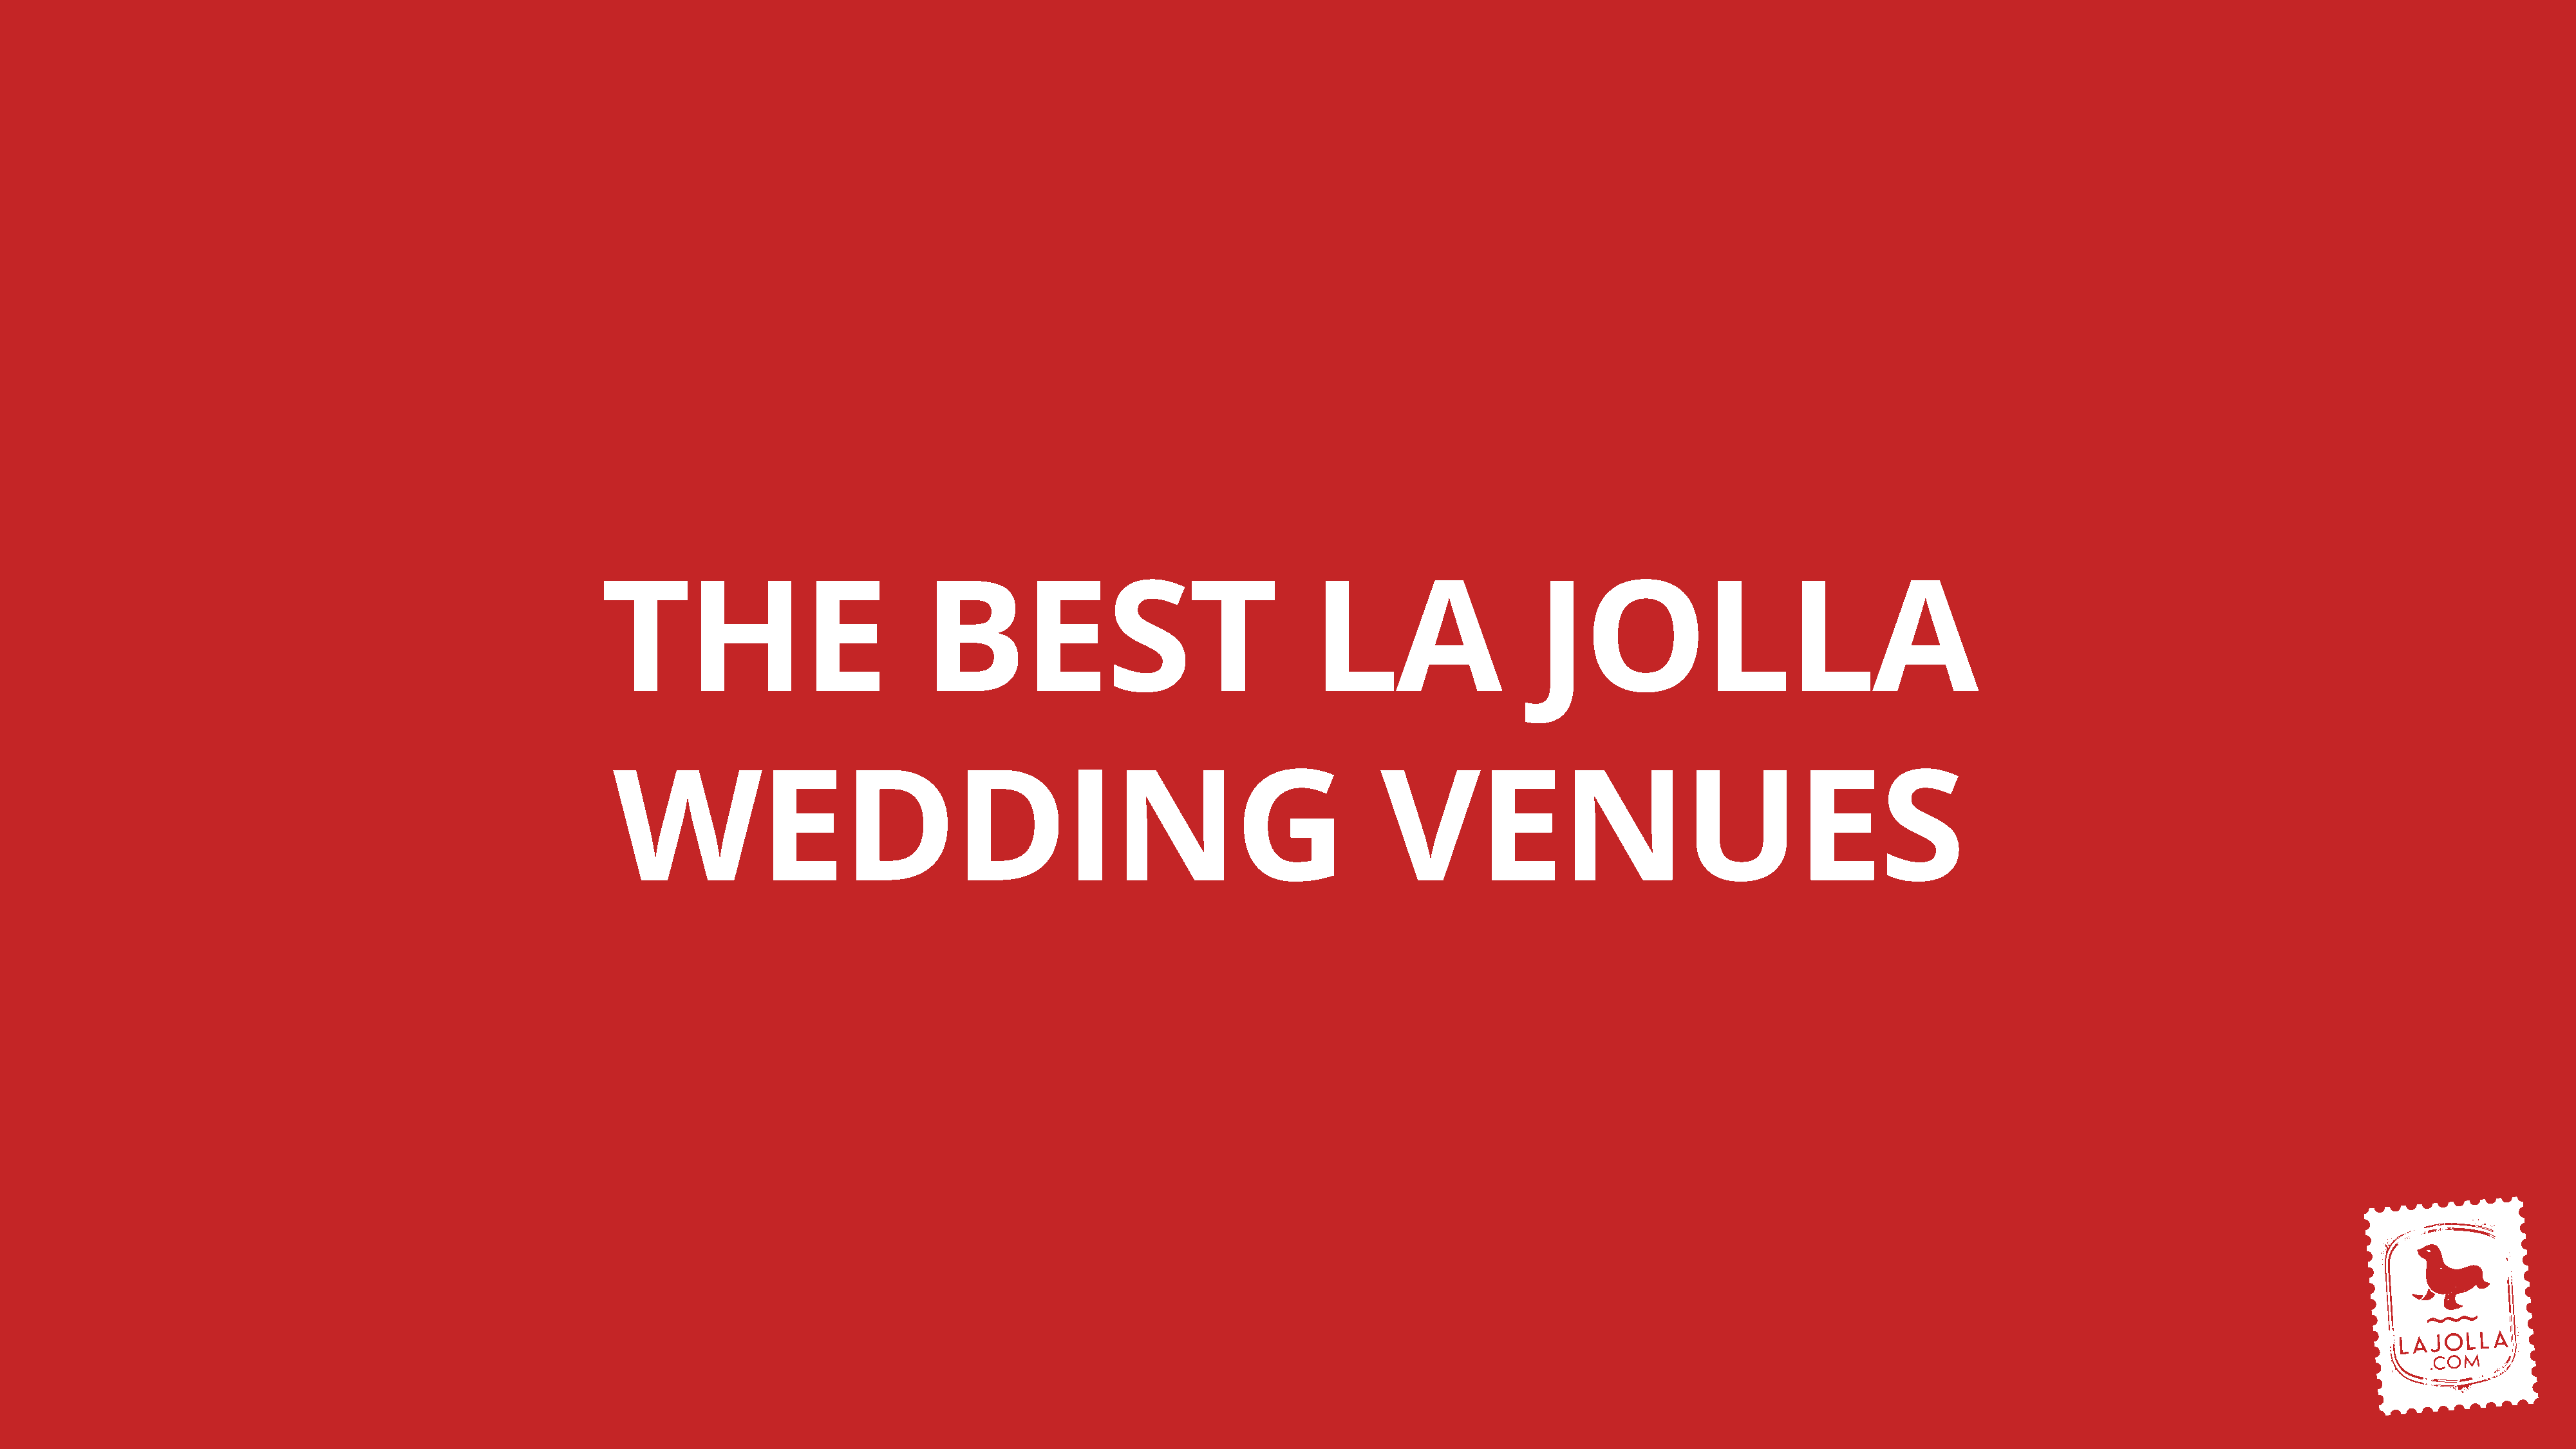
THE                              BEST                                    LA                     JOLLA
 WEDDING                                                                        VENUES